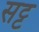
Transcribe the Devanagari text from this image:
सट्ट